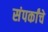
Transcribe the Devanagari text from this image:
संपर्कांचे